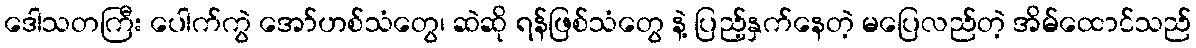
ဒေါသတကြီး ပေါက်ကွဲ အော်ဟစ်သံတွေ၊ ဆဲဆို ရန်ဖြစ်သံတွေ နဲ့ ပြည့်နှက်နေတဲ့ မပြေလည်တဲ့ အိမ်ထောင်သည်